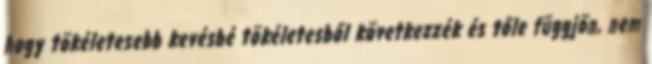
hogy tökéletesebb kevésbé tökéletesből következzék és tőle függjön, nem